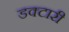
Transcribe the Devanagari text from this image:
डक्टारी